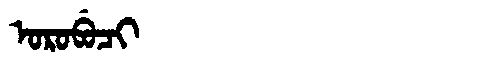
Manchu: ᠣᡵᠣᠪᡠᠴᡳ
Romanization: OROBUCI